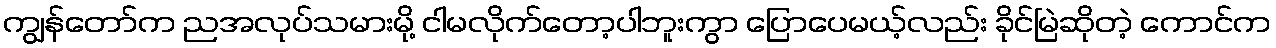
ကျွန်တော်က ညအလုပ်သမားမို့ ငါမလိုက်တော့ပါဘူးကွာ ပြောပေမယ့်လည်း ခိုင်မြဲဆိုတဲ့ ကောင်က